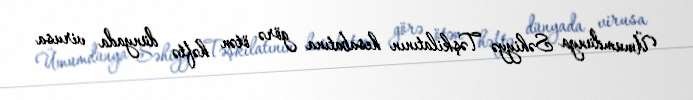
Ümumdünya Səhiyyə Təşkilatının hesabatına görə ötən həftə dünyada virusa